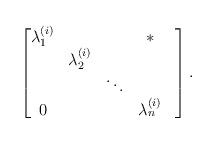
LaTeX: \begin{align*} \begin{bmatrix} \lambda_{1}^{(i)}& & & * \\ & \lambda_{2}^{(i)} & & & \\ & & \ddots & & \\ 0 & & & \lambda_{n}^{(i)}\\ \end{bmatrix}.\end{align*}